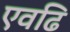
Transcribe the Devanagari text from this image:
एवढि